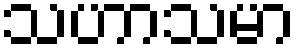
သဟာသမာ